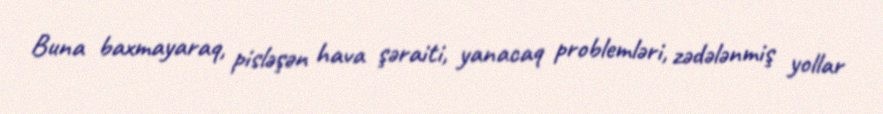
Buna baxmayaraq, pisləşən hava şəraiti, yanacaq problemləri, zədələnmiş yollar